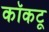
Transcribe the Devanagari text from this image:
कॉकटू